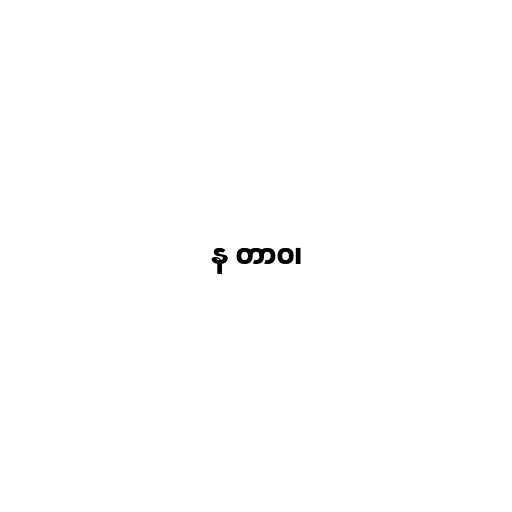
န တာဝ၊